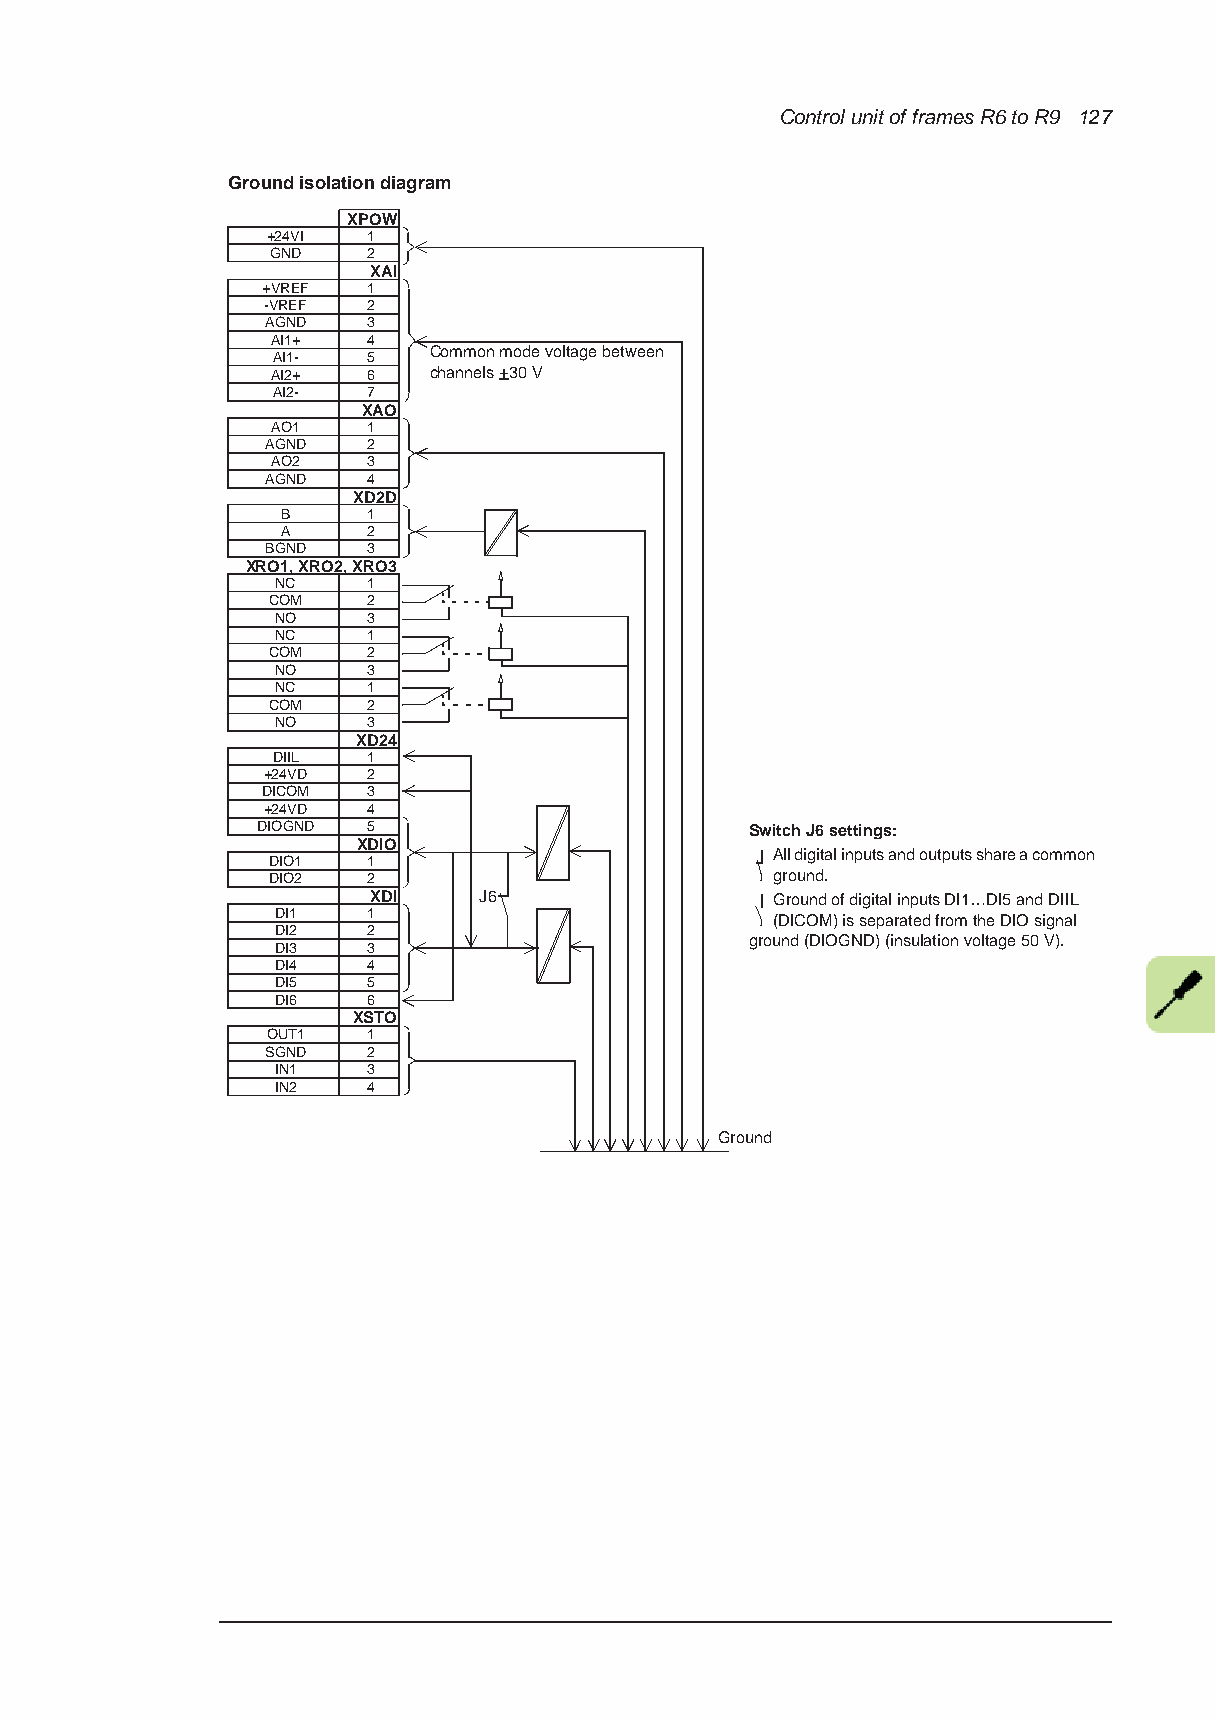
Control unit of frames R6 to R9 127
 Ground isolation diagram
 XPOW
 +24VI 1
 GND   2
 XAI
 +VREF  1
 -VREF  2
 AGND  3
 AI1+  4
 Common mode voltage between
 AI1-  5
 AI2+  6   channels +30V
 AI2-  7
 XAO
 AO1   1
 AGND  2
 AO2   3
 AGND  4
 XD2D
 B    1
 A    2
 BGND  3
 XRO1, XRO2, XRO3
 NC    1
 COM   2
 NO    3
 NC    1
 COM   2
 NO    3
 NC    1
 COM   2
 NO    3
 XD24
 DIIL  1
 +24VD  2
 DICOM  3
 +24VD  4
 DIOGND 5                         Switch J6 settings:
 XDIO
 All digital inputs and outputs share a common
 DIO1  1
 DIO2  2                          ground.
 XDI     J6                 Ground of digital inputs DI1…DI5 and DIIL
 DI1   1                          (DICOM) is separated from the DIO signal
 DI2   2
 ground (DIOGND) (insulation voltage 50 V).
 DI3   3
 DI4   4
 DI5   5
 DI6   6
 XSTO
 OUT1  1
 SGND  2
 IN1   3
 IN2   4
 Ground